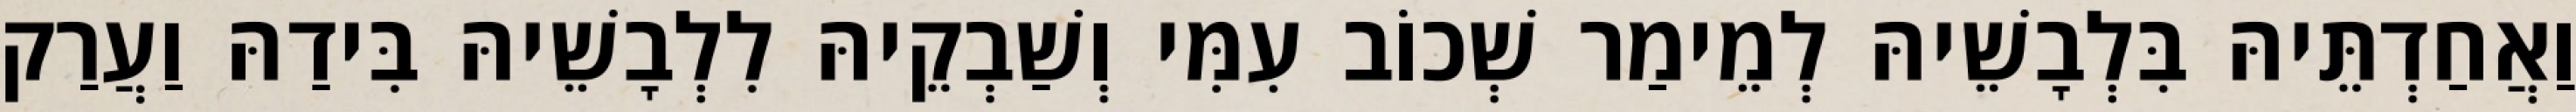
וַאֲחַדְתֵּיהּ בִּלְבָשֵׁיהּ לְמֵימַר שְׁכוֹב עִמִּי וְשַׁבְקֵיהּ לִלְבָשֵׁיהּ בִּידַהּ וַעֲרַק